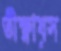
তীক্ষ্ণায়স